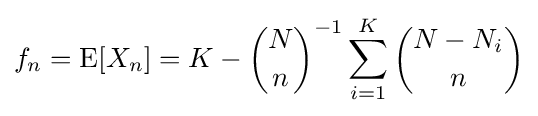
f_{n}=\operatorname {E} [X_{n}]=K-{\binom {N}{n}}^{-1}\sum _{i=1}^{K}{\binom {N-N_{i}}{n}}